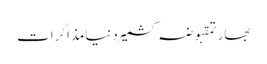
بھارتمقبوضہ کشمیردنیامذاکرات